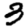
Digit: 3